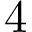
4